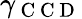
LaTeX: \gamma_{\mathrm{~C~C~D~}}